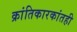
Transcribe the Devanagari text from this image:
क्रांतिकारकांतही